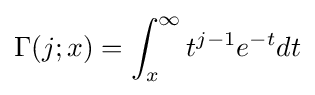
\Gamma (j;x)=\int _{x}^{\infty }t^{j-1}e^{-t}dt